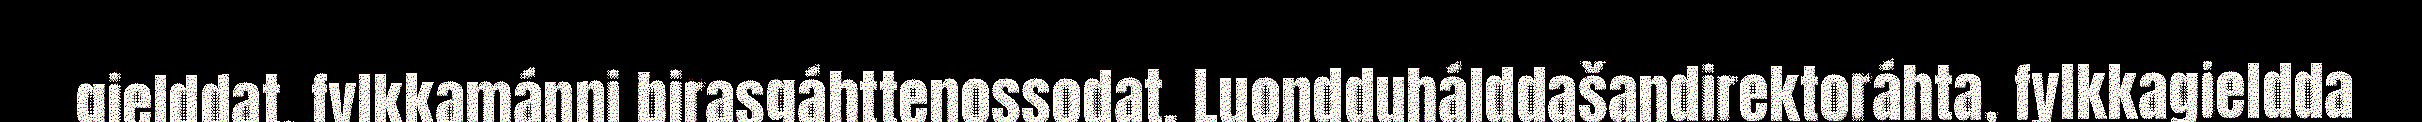
gielddat, fylkkamánni birasgáhttenossodat, Luondduhálddašandirektoráhta, fylkkagieldda